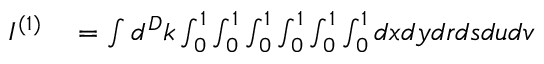
\begin{array} { r l } { I ^ { ( 1 ) } } & { { } = \int d ^ { D } k \int _ { 0 } ^ { 1 } \int _ { 0 } ^ { 1 } \int _ { 0 } ^ { 1 } \int _ { 0 } ^ { 1 } \int _ { 0 } ^ { 1 } \int _ { 0 } ^ { 1 } d x d y d r d s d u d v } \end{array}